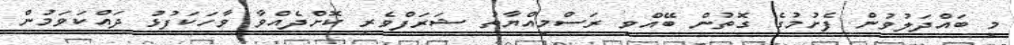
މި ބައްދަލުވުން ފެށުމުގެ ގޮތުން ބޭއްވި ރަސްމިއްޔާތު ޝަރަފްވެރި ކޮށްދެއްވާ ވާހަކަފުޅު ދައްކަވަމުން